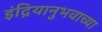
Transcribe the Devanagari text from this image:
इंद्रियानुभवाच्या